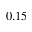
0 . 1 5